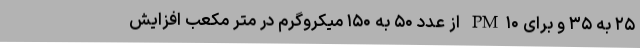
۲۵ به ۳۵ و برای PM۱۰ از عدد ۵۰ به ۱۵۰ میکروگرم در متر مکعب افزایش